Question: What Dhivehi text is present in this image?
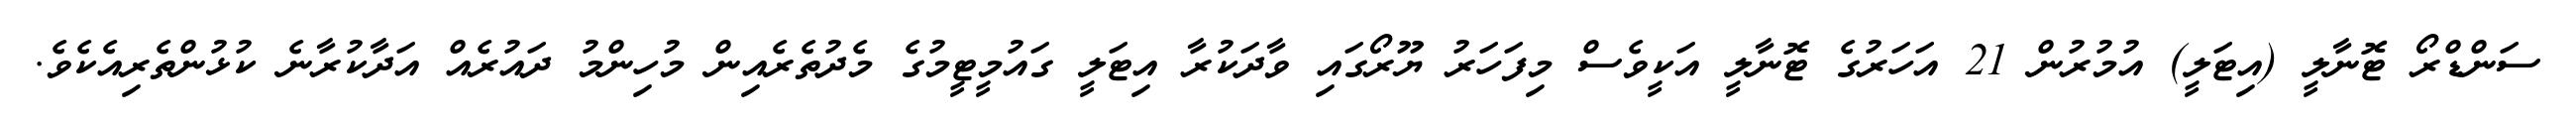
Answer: ސަންޑްރޯ ޓޮނާލީ (އިޓަލީ) އުމުރުން 21 އަހަރުގެ ޓޮނާލީ އަކީވެސް މިފަހަރު ޔޫރޯގައި ވާދަކުރާ އިޓަލީ ގައުމީޓީމުގެ މެދުތެރެއިން މުހިންމު ދައުރެއް އަދާކުރާނެ ކުޅުންތެރިއެކެވެ.